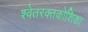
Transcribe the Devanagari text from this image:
श्वेतरक्तकोशिका